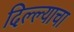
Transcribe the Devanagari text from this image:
दिल्ल्याचा